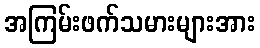
အကြမ်းဖက်သမားများအား